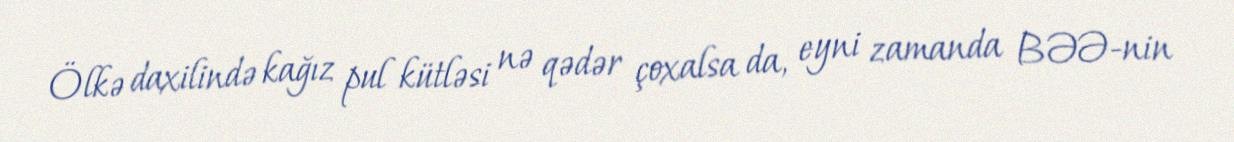
Ölkə daxilində kağız pul kütləsi nə qədər çoxalsa da, eyni zamanda BƏƏ-nin